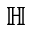
\mathbb { H }